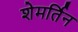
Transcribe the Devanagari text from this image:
शेमर्तिन